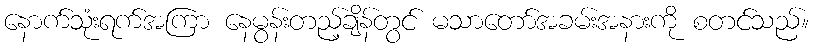
နောက်သုံးရက်အကြာ နေမွန်းတည့်ချိန်တွင် မသာတော်အခမ်းအနားကို စတင်သည်။